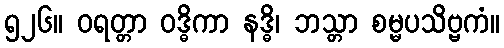
၅၂၆။ ဝရတ္တာ ဝဒ္ဓိကာ နဒ္ဓိ၊ ဘသ္တာ စမ္မပသိဗ္ဗကံ။